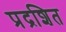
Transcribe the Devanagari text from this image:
प्रद्रशित